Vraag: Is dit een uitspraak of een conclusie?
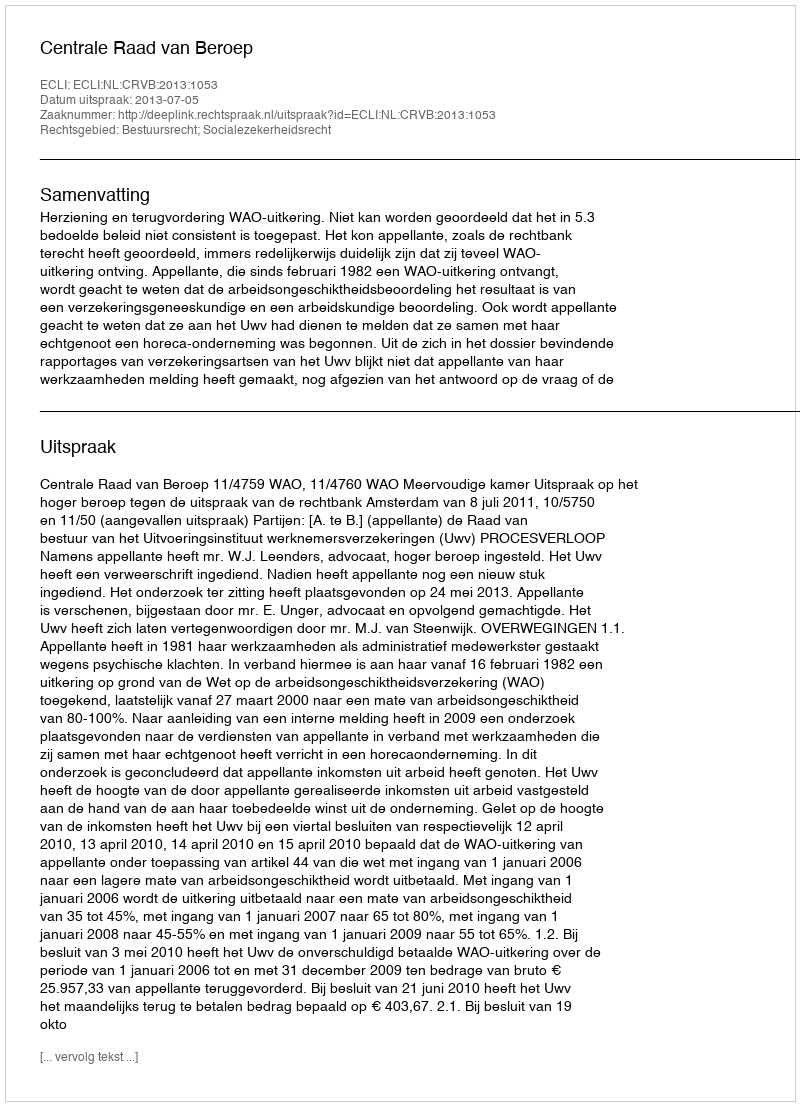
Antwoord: Uitspraak